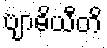
ဗျာဓိယီတိ